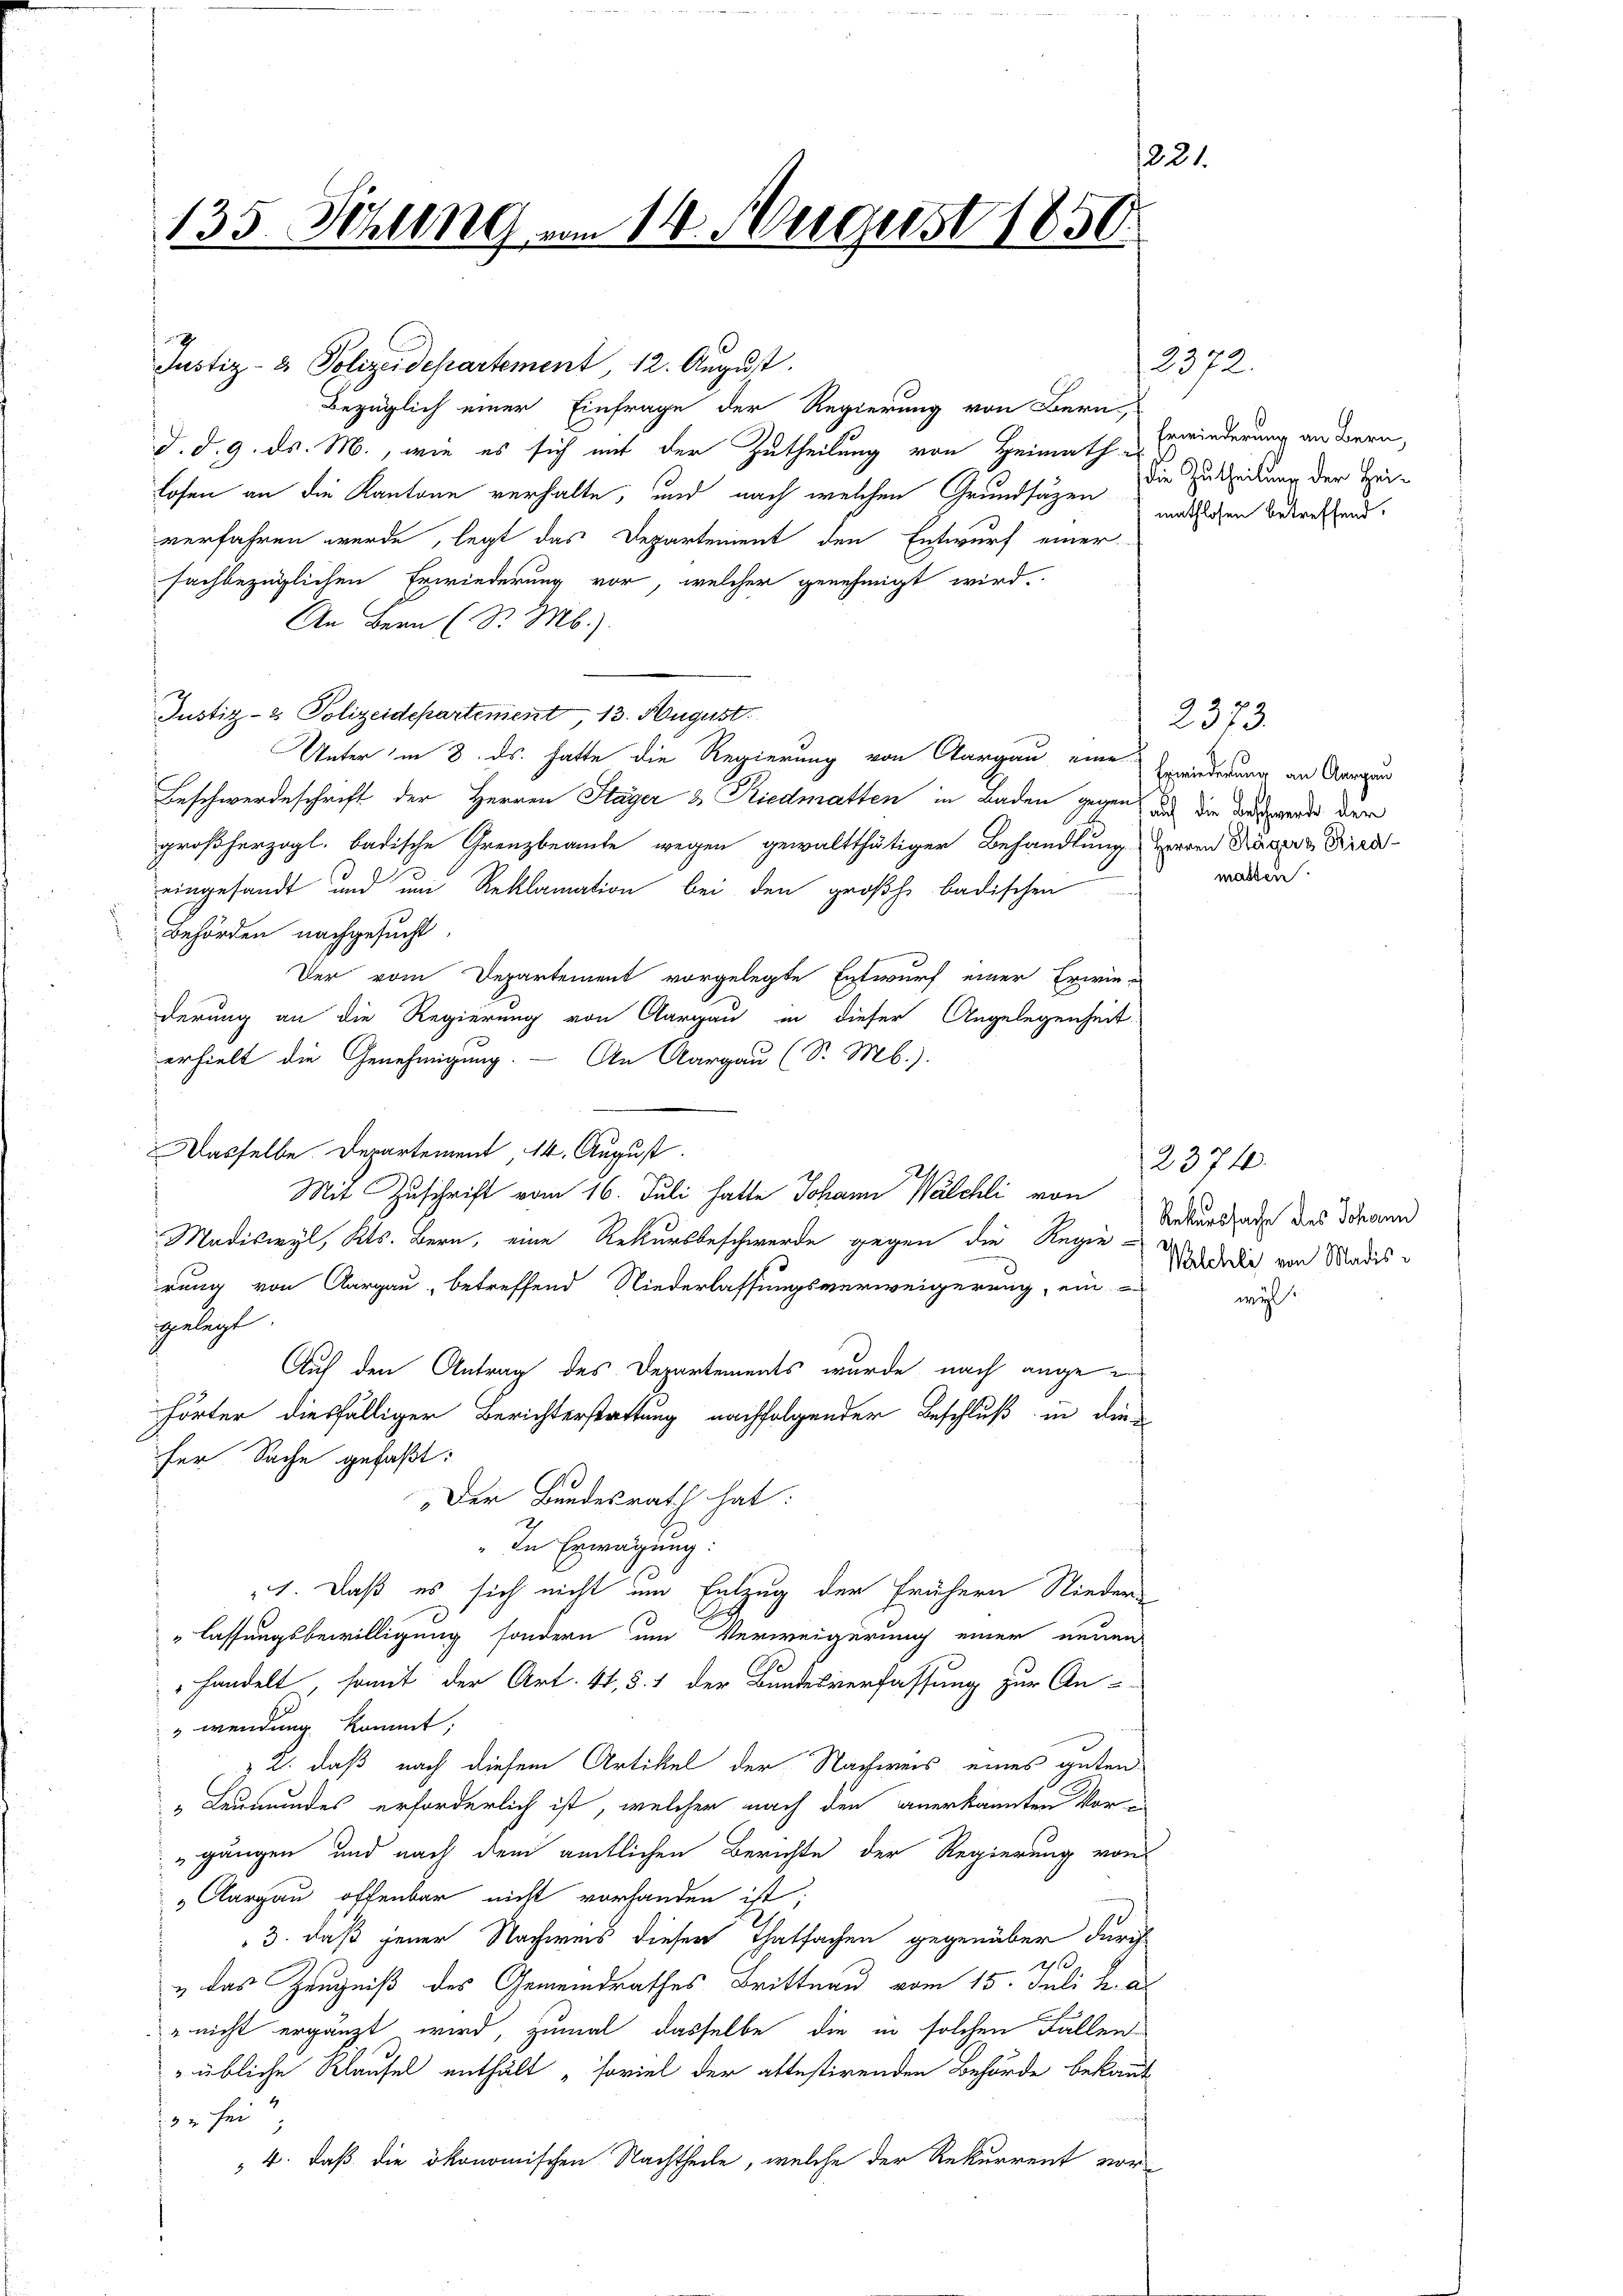
221.
135. Schling vom 14. August 1850.

Justiz- & Polizeidepartement, 12. August.
Bezüglich einer Einfrage der Regierung von Bern
d. d. 9. ds. M., wie es sich mit der Zutheilung von Heimath d
lofen an die Kantone verhalte, und nach welchen Grundsätzen die
verfahren werde, legt das Departement den Entwurf einer
fachbezüglichen Erwiederung vor, welcher genehmigt wird.
An Bern (S. M.).
Justiz- & Polizeidepartement 13. August.
Unter in 8. ds. hatte die Regierung von Aargau eine Erwiederung an Augen
Beschwerdeschrift der Herren Stäger & Riedmatten in Baden gegen aus die Bewende der
großherzogl. badische Grenzbeamte wegen gewaltthätiger Behandlung verren Tages Kind
eingesandt und um Reklamation bei den großh. badischen
Behörden nachgesucht.
Der vom Departement vorgelegte Entwurf einer Erwie-
derung an die Regierung von Aargau in dieser Angelegenheit
erhielt die Genehmigung. — An Aargau (S. M.).
Dasselbe. Departement, 14. August.
Mit Zuschrift vom 16. Juli hatte Johann Walchli von
Madiswyl, Kts. Bern, eine Rekursbeschwerde gegen die Regie-
rung von Aargau, betreffend Niederlassungsverweigerung, ein
gelegt.
Auf den Antrag des Departements wurde nach angehörter diesfälliger Berichterstattung nachfolgender Beschluß in die
ser Sache gefaßt:
Der Bundesrath hat:
„In Erwägung:
4. Daß es sich nicht um Entzug der frühern Nieder
lassungsbewilligung sondern um Verweigerung einer neuen
handelt, somit der Art. 41, §. 1 der Bundesverfassung zur An-
wendung kommt,
z 2. daß nach diesem Artikel der Nachweis eines guten
" Leumundes erforderlich ist, welcher nach den anerkannten Vorgängen und nach dem amtlichen Berichte der Regierung von
 Aargau offenbar nicht vorhanden ist;
3. daß jener Nachweis dieser Thatsachen gegenüber durch
2
„ das Zeugniß des Gemeindrathes Brittnau vom 15. Juli h. a
e nicht ergänzt wird, zumal dasselbe die in solchen Fallen
übliche Klausel enthält „soviel der altestirenden Behörde bekannt
3 sei?
 4. daß die ökonomischen Nachtheile, welche der Rekurrent vor¬

2372.

Erwiederung an Bern,
 Zutheilung der Hei-
nathlosen betreffend.

2373.
masten.

2374.
Rekurssache des Johann
Welchli von Madis

wyl.